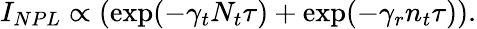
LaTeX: I_{NPL}\propto\left(\exp(-\gamma_{t}N_{t}\tau)+\exp(-\gamma_{r}n_{t}\tau)\right).